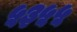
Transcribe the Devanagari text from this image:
५३५५